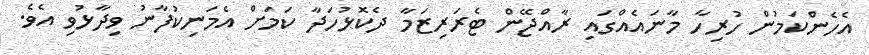
އެހެންކަމުން ހުރިހާ މާނައެއްގައި ރާއްޖޭން ޓެރަރިޒަމާ ދެކޮޅުހަދާ ކަމަށް އެމަނިކުފާނު ވިދާޅުވި އެވެ.